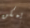
يمكن